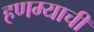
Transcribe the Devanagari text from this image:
हणम्याची